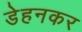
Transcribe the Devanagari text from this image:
डेहनकर